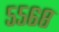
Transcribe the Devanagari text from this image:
५५६८